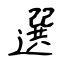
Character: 選